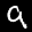
Label: 9